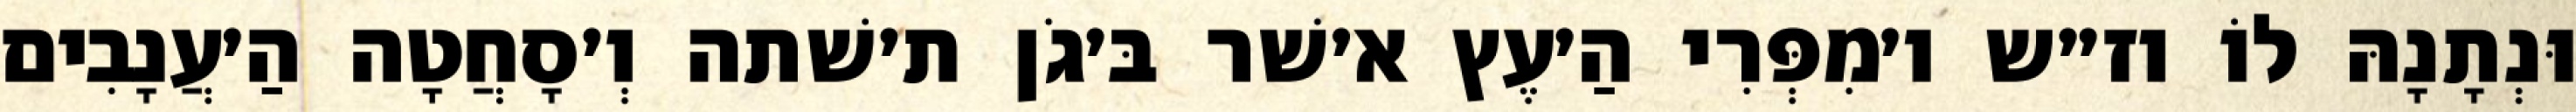
וּנְתָנָהּ לוֹ וז״ש ו׳מִפְּרִי הַ׳עֶץ א׳שׁר בּ׳גֹן ת׳שׁתה וְ׳סָחֲטָה הַ׳עֲנָבִים